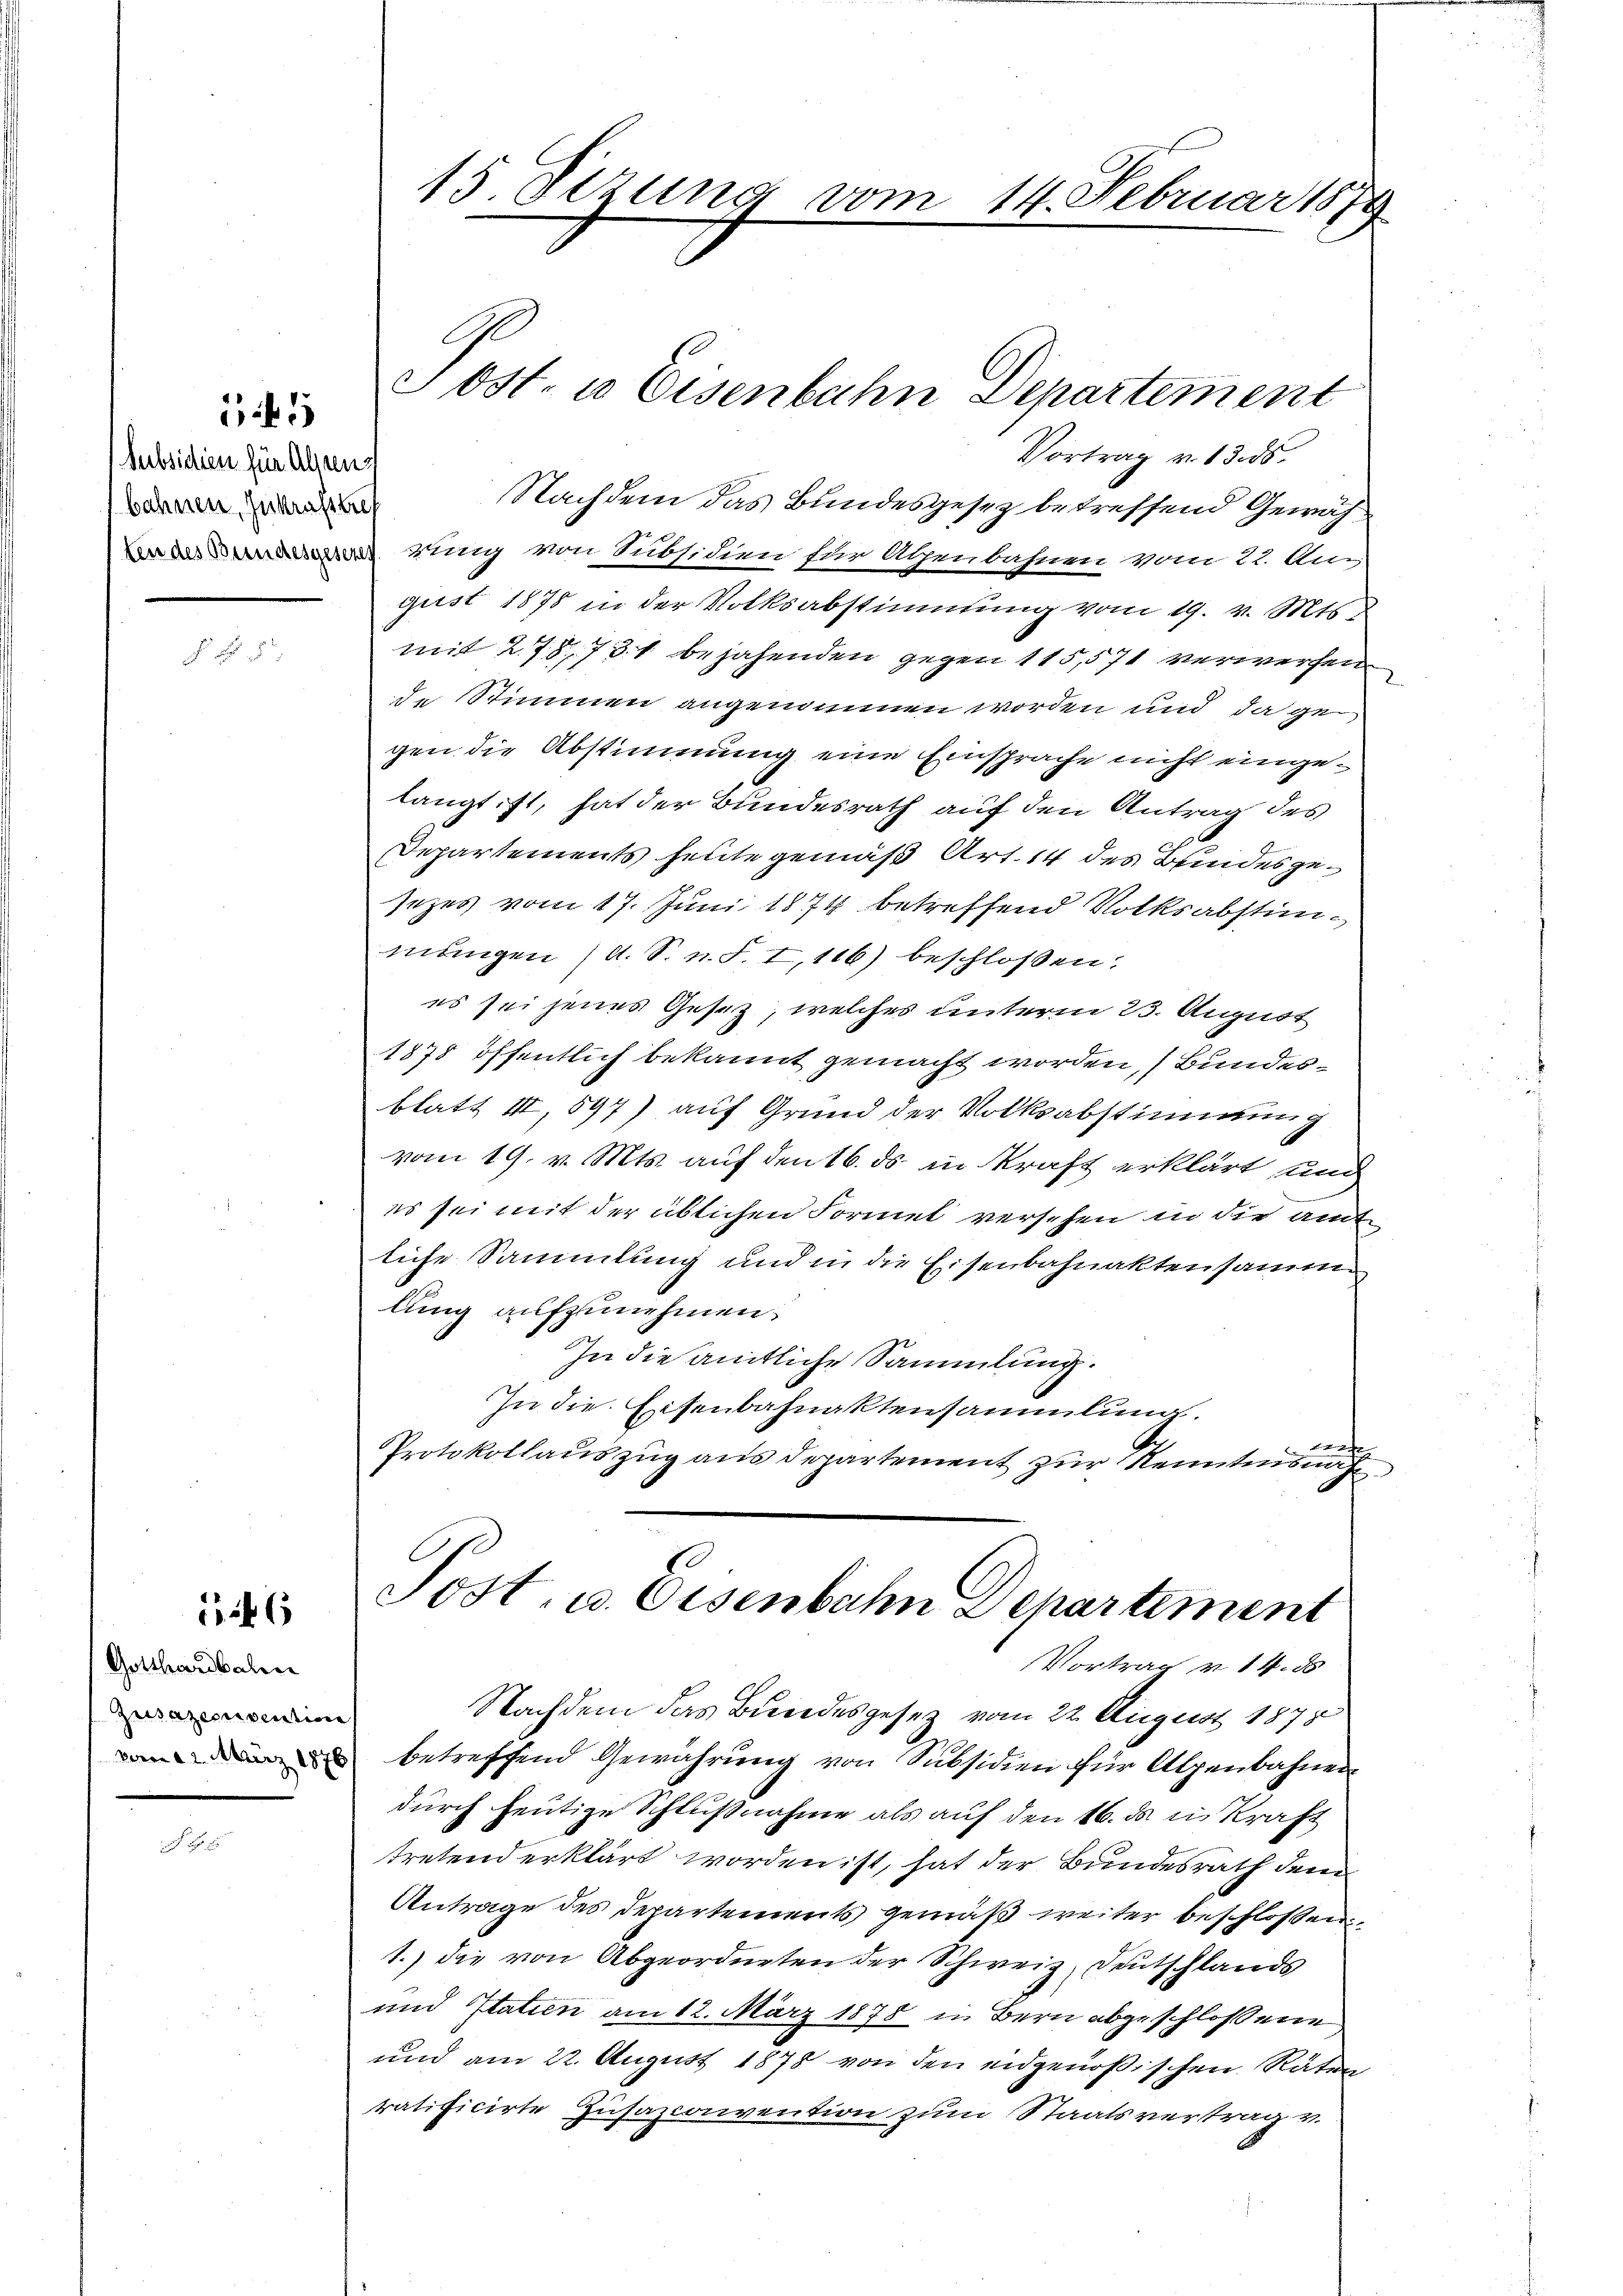
Subsidien für Alpens
bahnen Zukrassere

5

5

1246

Gotthardbahre
Zusazessention
vom 22. März 1876

15. Sezung vom 14. Februar 1879

Post- u Eisenbahn Departement

Vortrag v. 13. ds.
Nachdem das Bundesgesez betreffend Gewährung von Subsidien für Alpenbahnen vom 22. Au-
gust 1875 in der Volksabstimmung vom 19. v. Mts.
mit 278, 731 bejahenden gegen 115,571 verwerfen
de Stimmen angenommen worden und da gegen die Abstimmung eine Einsprache nicht eingelangt ist, hat der Bundesrath auf den Antrag des
Departements heute gemäß Art. 14 des Bundesgesezes vom 17. Juni 1874 betreffend Volksabstimmungen (A. S. u. S. I,116) beschloßen:
es sei jenes Gesetz, welches unterm 23. August
1878 öffentlich bekannt gemacht worden, (Bundesblatt III, 597) auf Grund der Volksabstimmung
vom 19. v. Mts. auf den 16. ds. in Kraft erklärt und
es sei mit der üblichen Formet versehen in die amt
liche Sammlung und in die Eisenbahnaktensamme
lung aufzunehmen.
In die amtliche Sammlung.
In die Eisenbahnaktensammlung.
mt
Protokollauszug aus departement zur Kenntnisnah
Sost- u. Eisenbahn Departiment
Vortrag v. 14. ds
Nachdem das Bundesgesetz vom 22. August 1878
betreffend Gewährung von Subsidien für Alpenbahnen
durch heutige Schlußnahme als auf den 16. ds in Kraft
tretend erklärt worden ist, hat der Bundesrath dem
Antrage des Departements gemäß weiter beschlossen
1.) die von Abgeordneten der Schweiz, Deutschlands
und Statien am 12. März 1878 in Bern abgeschlossene
und am 22. August 1878 von den eidgenößischen Raten
ratificirte Zusazconvention zum Staatsvertrag v.

C